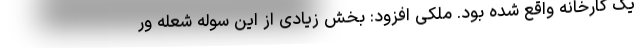
یک کارخانه واقع شده بود. ملکی افزود: بخش زیادی از این سوله شعله ور